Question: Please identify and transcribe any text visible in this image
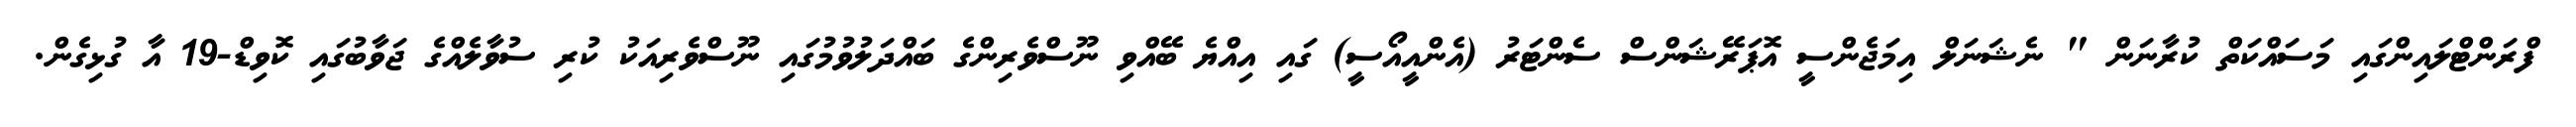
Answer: ފްރަންޓްލައިންގައި މަސައްކަތް ކުރާނަން " ނެޝަނަލް އިމަޖެންސީ އޮޕަރޭޝަންސް ސެންޓަރު (އެންއީއޯސީ) ގައި އިއްޔެ ބޭއްވި ނޫސްވެރިންގެ ބައްދަލުވުމުގައި ނޫސްވެރިއަކު ކުރި ސުވާލެއްގެ ޖަވާބުގައި ކޮވިޑް-19 އާ ގުޅިގެން.